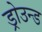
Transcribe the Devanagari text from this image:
ड्रोउन्ड